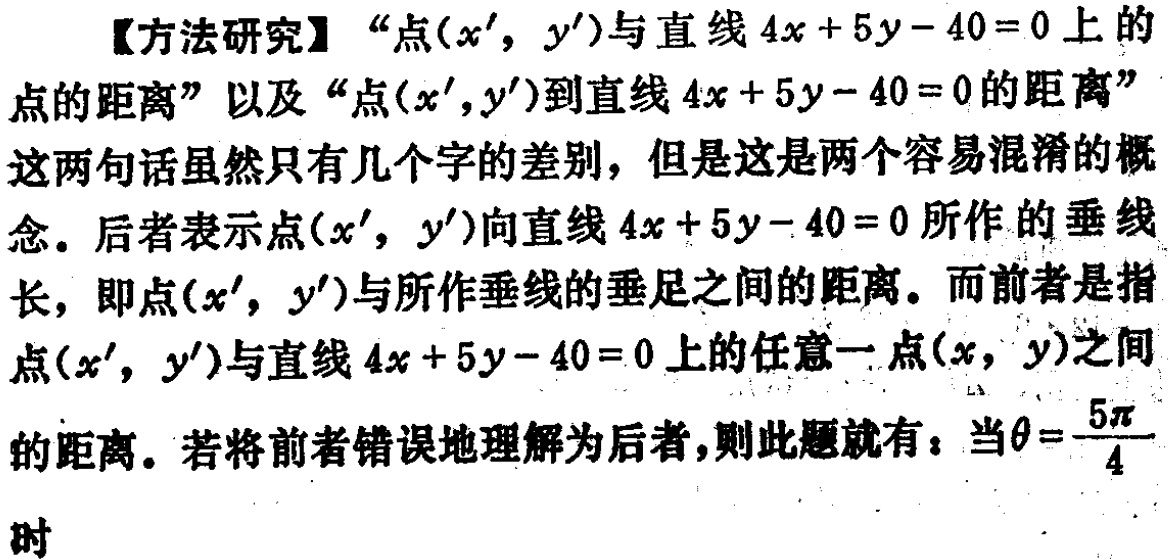
【方法研究】“点\((x',y')\)与直线\(4x + 5y - 40 = 0\)上的点的距离”以及“点\((x',y')\)到直线\(4x + 5y - 40 = 0\)的距离”这两句话虽然只有几个字的差别，但是这是两个容易混淆的概念。后者表示点\((x',y')\)向直线\(4x + 5y - 40 = 0\)所作的垂线长，即点\((x',y')\)与所作垂线的垂足之间的距离。而前者是指点\((x',y')\)与直线\(4x + 5y - 40 = 0\)上的任意一点\((x,y)\)之间的距离。若将前者错误地理解为后者，则此题就有：当\(\theta=\frac{5\pi}{4}\)时